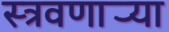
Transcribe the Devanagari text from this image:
स्त्रवणार्‍या